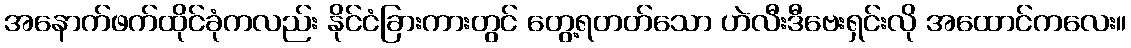
အနောက်ဖက်ထိုင်ခုံကလည်း နိုင်ငံခြားကားတွင် တွေ့ရတတ်သော ဟဲလီးဒီဗေးရှင်းလို အထောင်ကလေး။